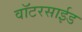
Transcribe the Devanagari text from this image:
वॉटरसाईड